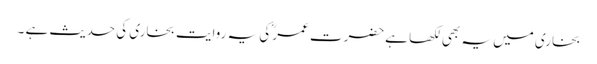
بخاری میں یہ بھی لکھا ہےحضرت عمر ؓکی یہ روایت بخاری کی حدیث ہے ۔